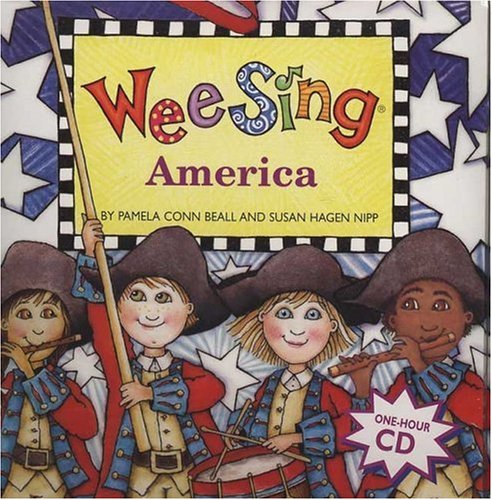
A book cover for Wee Sing America; Pamela Conn Beall; Children's Books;